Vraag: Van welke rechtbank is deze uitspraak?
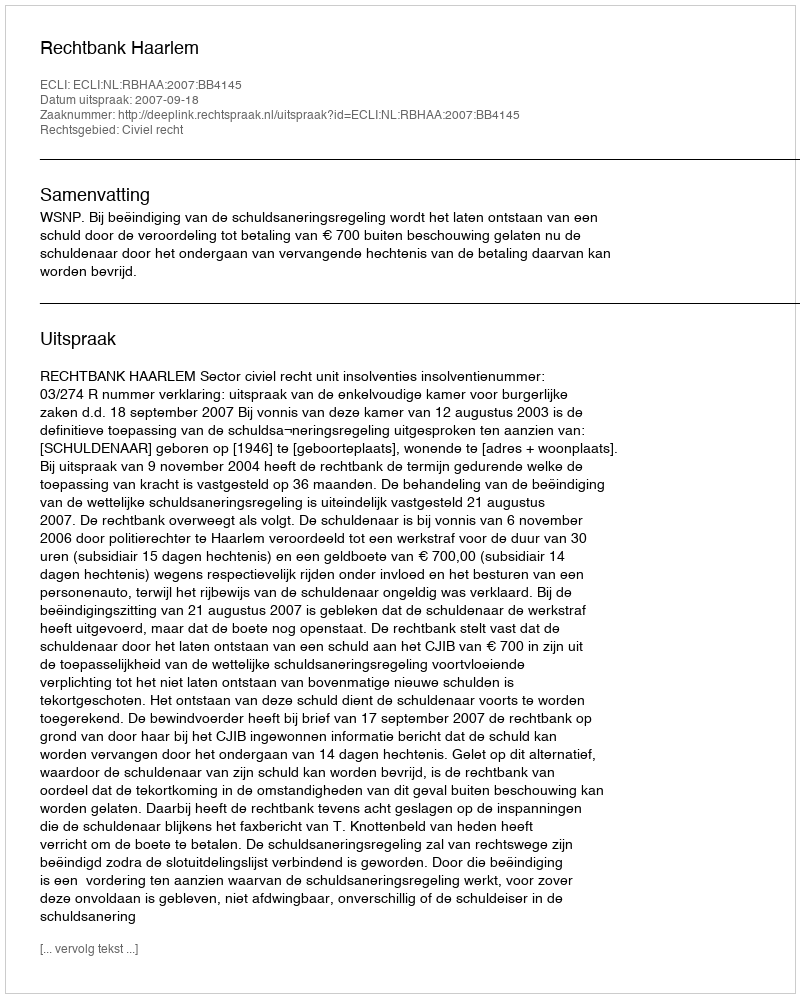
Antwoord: Rechtbank Haarlem